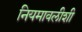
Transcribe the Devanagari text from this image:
नियमावलीशी